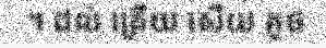
។ ដល់ ត្រើយ សើយ គូថ